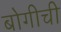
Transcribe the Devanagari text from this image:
बोगीची